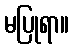
မပြုရာ။